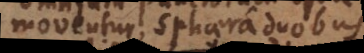
moventur, sphaera duobus